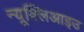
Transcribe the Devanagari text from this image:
न्यूक्लिआइउ